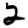
Digit: 2